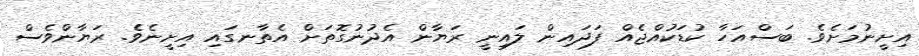
އިށީނުމަށެވެ. ބަސްއަހާ ކުޑަކުއްޖެއް ފަދައިން ލައިނީ ރަޔާން އެދުނުގޮތަށް އެތާނގައި އިށީނެވެ. ރަޔާންވެސް